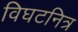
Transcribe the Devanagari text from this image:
विघटनित्र